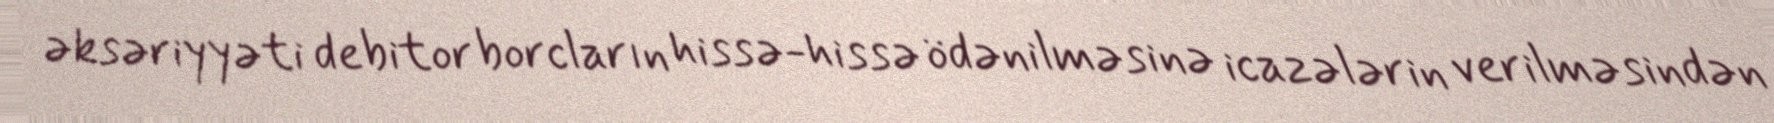
əksəriyyəti debitor borcların hissə-hissə ödənilməsinə icazələrin verilməsindən